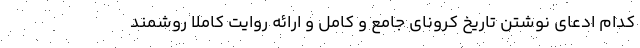
کدام ادعای نوشتن تاریخ کرونای جامع و کامل و ارائه روایت کاملاً روشمند